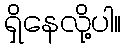
ရှိနေလို့ပါ။